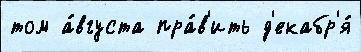
том а́вгуста пра́в'ить д'екабр'я́